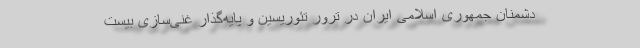
دشمنان جمهوری اسلامی ایران در ترور تئوریسین و پایه‌گذار غنی‌سازی بیست